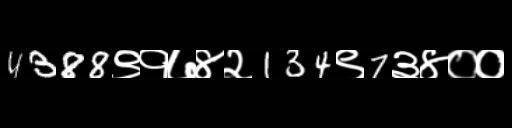
Text: 4388९१७४२134९7३४००